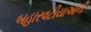
બહારવટીયાઓની